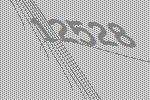
12528